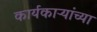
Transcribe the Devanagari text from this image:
कार्यकाऱ्यांच्या